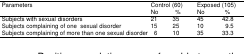
<table><thead><tr><td rowspan="2"><b>Parameters</b></td><td colspan="2"><b>Control (60)</b></td><td colspan="2"><b>Exposed (105)</b></td></tr><tr><td><b>No</b></td><td><b>%</b></td><td><b>No</b></td><td><b>%</b></td></tr></thead><tbody><tr><td>Subjects with sexual disorders</td><td>21</td><td>35</td><td>45</td><td>42.8</td></tr><tr><td>Subjects complaining of one sexual disorder</td><td>15</td><td>25</td><td>10</td><td>9.5</td></tr><tr><td>Subjects complaining of more than one sexual disorder</td><td>6</td><td>10</td><td>35</td><td>33.3</td></tr></tbody></table>